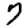
Digit: 7